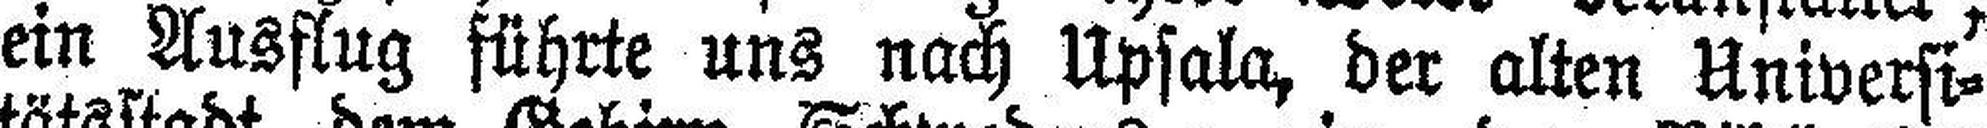
ein Ausflug führte uns nach Upsala, der alten Universi¬